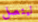
ليتصل